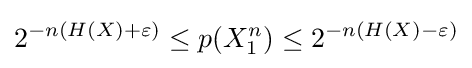
2^{-n(H(X)+\varepsilon )}\leq p(X_{1}^{n})\leq 2^{-n(H(X)-\varepsilon )}